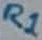
Text: R1